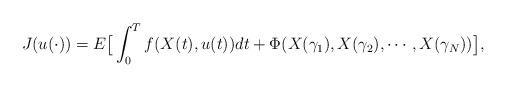
LaTeX: \begin{align*}J(u(\cdot))=E\big{[}\displaystyle\int_0^Tf(X(t),u(t))dt+\Phi(X(\gamma_1),X(\gamma_2),\cdots,X(\gamma_N))\big{]},\end{align*}